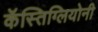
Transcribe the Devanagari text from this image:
कॅस्तिग्लियोनी